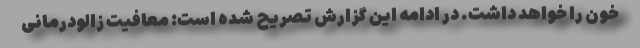
خون را خواهد داشت. در ادامه این گزارش تصریح شده است: معافیت زالودرمانی